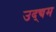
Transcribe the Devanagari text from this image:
उद्द्यम